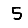
Digit: 5